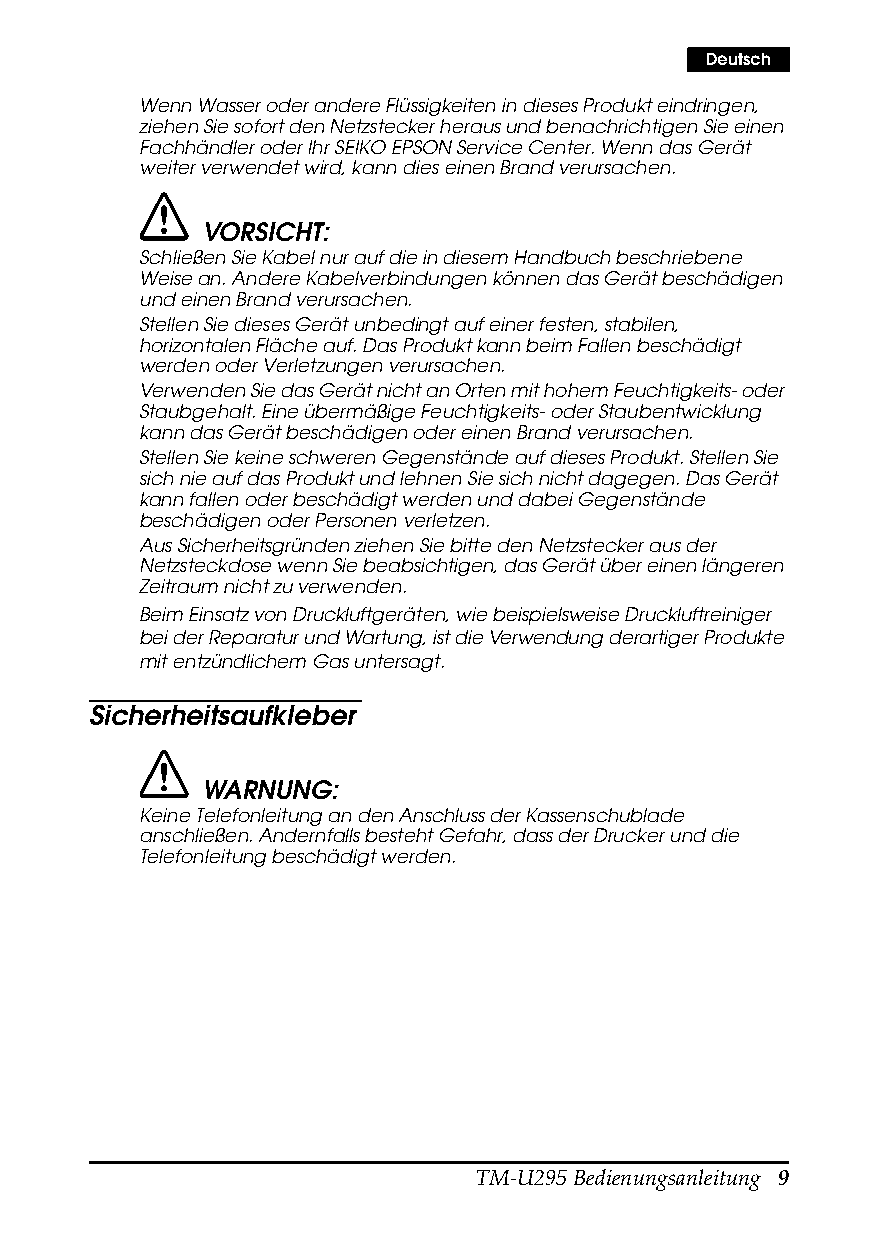
Deutsch
 Wenn Wasser oder andere Flüssigkeiten in dieses Produkt eindringen,
 ziehen Sie sofort den Netzstecker heraus und benachrichtigen Sie einen
 Fachhändler oder Ihr SEIKOEPSON Service Center. Wenn das Gerät
 weiter verwendet wird, kann dies einen Brand verursachen.
 VORSICHT:
 Schließen Sie Kabel nur auf die in diesem Handbuch beschriebene
 Weise an. Andere Kabelverbindungen können das Gerät beschädigen
 und einen Brand verursachen.
 Stellen Sie dieses Gerät unbedingt auf einer festen, stabilen,
 horizontalen Fläche auf. Das Produkt kann beim Fallen beschädigt
 werden oder Verletzungen verursachen.
 Verwenden Sie das Gerät nicht an Orten mit hohem Feuchtigkeits- oder
 Staubgehalt. Eine übermäßige Feuchtigkeits- oder Staubentwicklung
 kann das Gerät beschädigen oder einen Brand verursachen.
 Stellen Sie keine schweren Gegenstände auf dieses Produkt. Stellen Sie
 sich nie auf das Produkt und lehnen Sie sich nicht dagegen. Das Gerät
 kann fallen oder beschädigt werden und dabei Gegenstände
 beschädigen oder Personen verletzen.
 Aus Sicherheitsgründen ziehen Sie bitte den Netzstecker aus der
 Netzsteckdose wenn Sie beabsichtigen, das Gerät über einen längeren
 Zeitraum nicht zu verwenden.
 Beim Einsatz von Druckluftgeräten, wie beispielsweise Druckluftreiniger
 bei der Reparatur und Wartung, ist die Verwendung derartiger Produkte
 mit entzündlichem Gas untersagt.
 Sicherheitsaufkleber
 WARNUNG:
 Keine Telefonleitung an den Anschluss der Kassenschublade
 anschließen. Andernfalls besteht Gefahr, dass der Drucker und die
 Telefonleitung beschädigt werden.
 TM-U295 Bedienungsanleitung 9